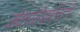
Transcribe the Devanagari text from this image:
मेमोरेबलिटी